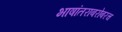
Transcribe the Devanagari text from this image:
भाषांतराबरोबरच